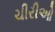
ચીરીઓ